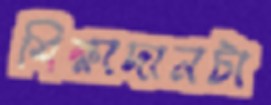
শিক্ষাদানটা